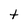
Character: t